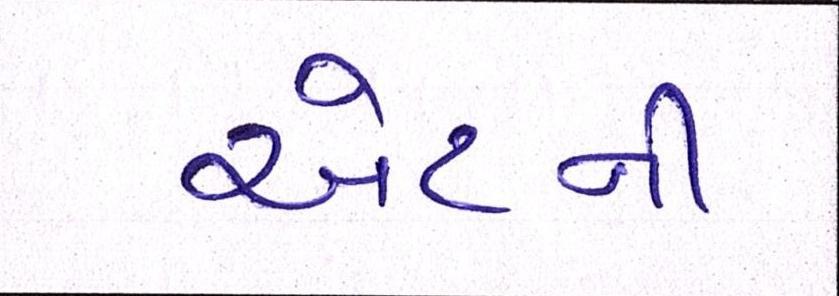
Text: એટર્ની